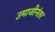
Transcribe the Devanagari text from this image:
उमाजीनंतर